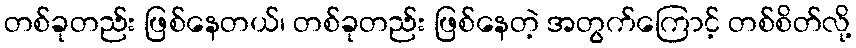
တစ်ခုတည်း ဖြစ်နေတယ်၊ တစ်ခုတည်း ဖြစ်နေတဲ့ အတွက်ကြောင့် တစ်စိတ်လို့